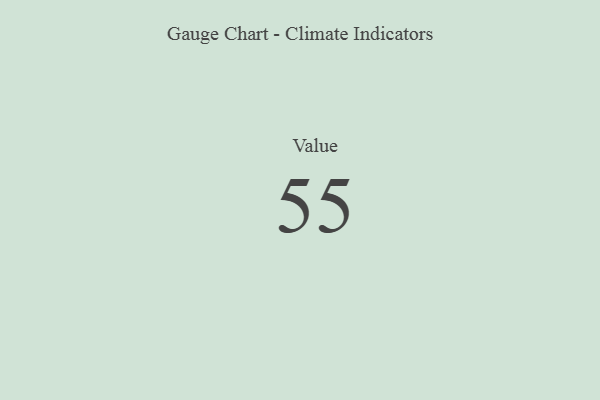
{"axis": {"x": "Metric", "y": "Value"}, "legend": [""], "data": [{"x": "Value", "y": 55, "type": ""}]}